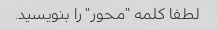
لطفا کلمه "محور" را بنویسید.